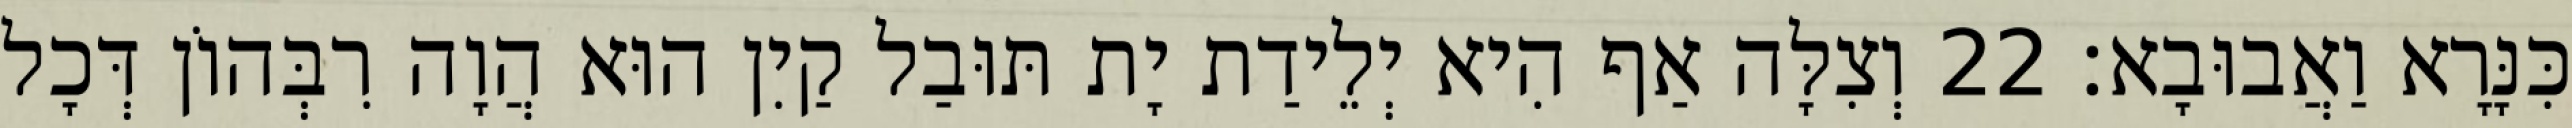
כִּנָּרָא וַאֲבוּבָא׃ 22 וְצִלָּה אַף הִיא יְלֵידַת יָת תּוּבַל קַיִן הוּא הֲוָה רִבְּהוֹן דְּכָל